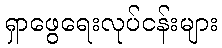
ရှာဖွေရေးလုပ်ငန်းများ